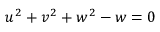
u ^ { 2 } + v ^ { 2 } + w ^ { 2 } - w = 0